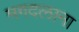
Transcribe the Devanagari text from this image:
मगदलाना